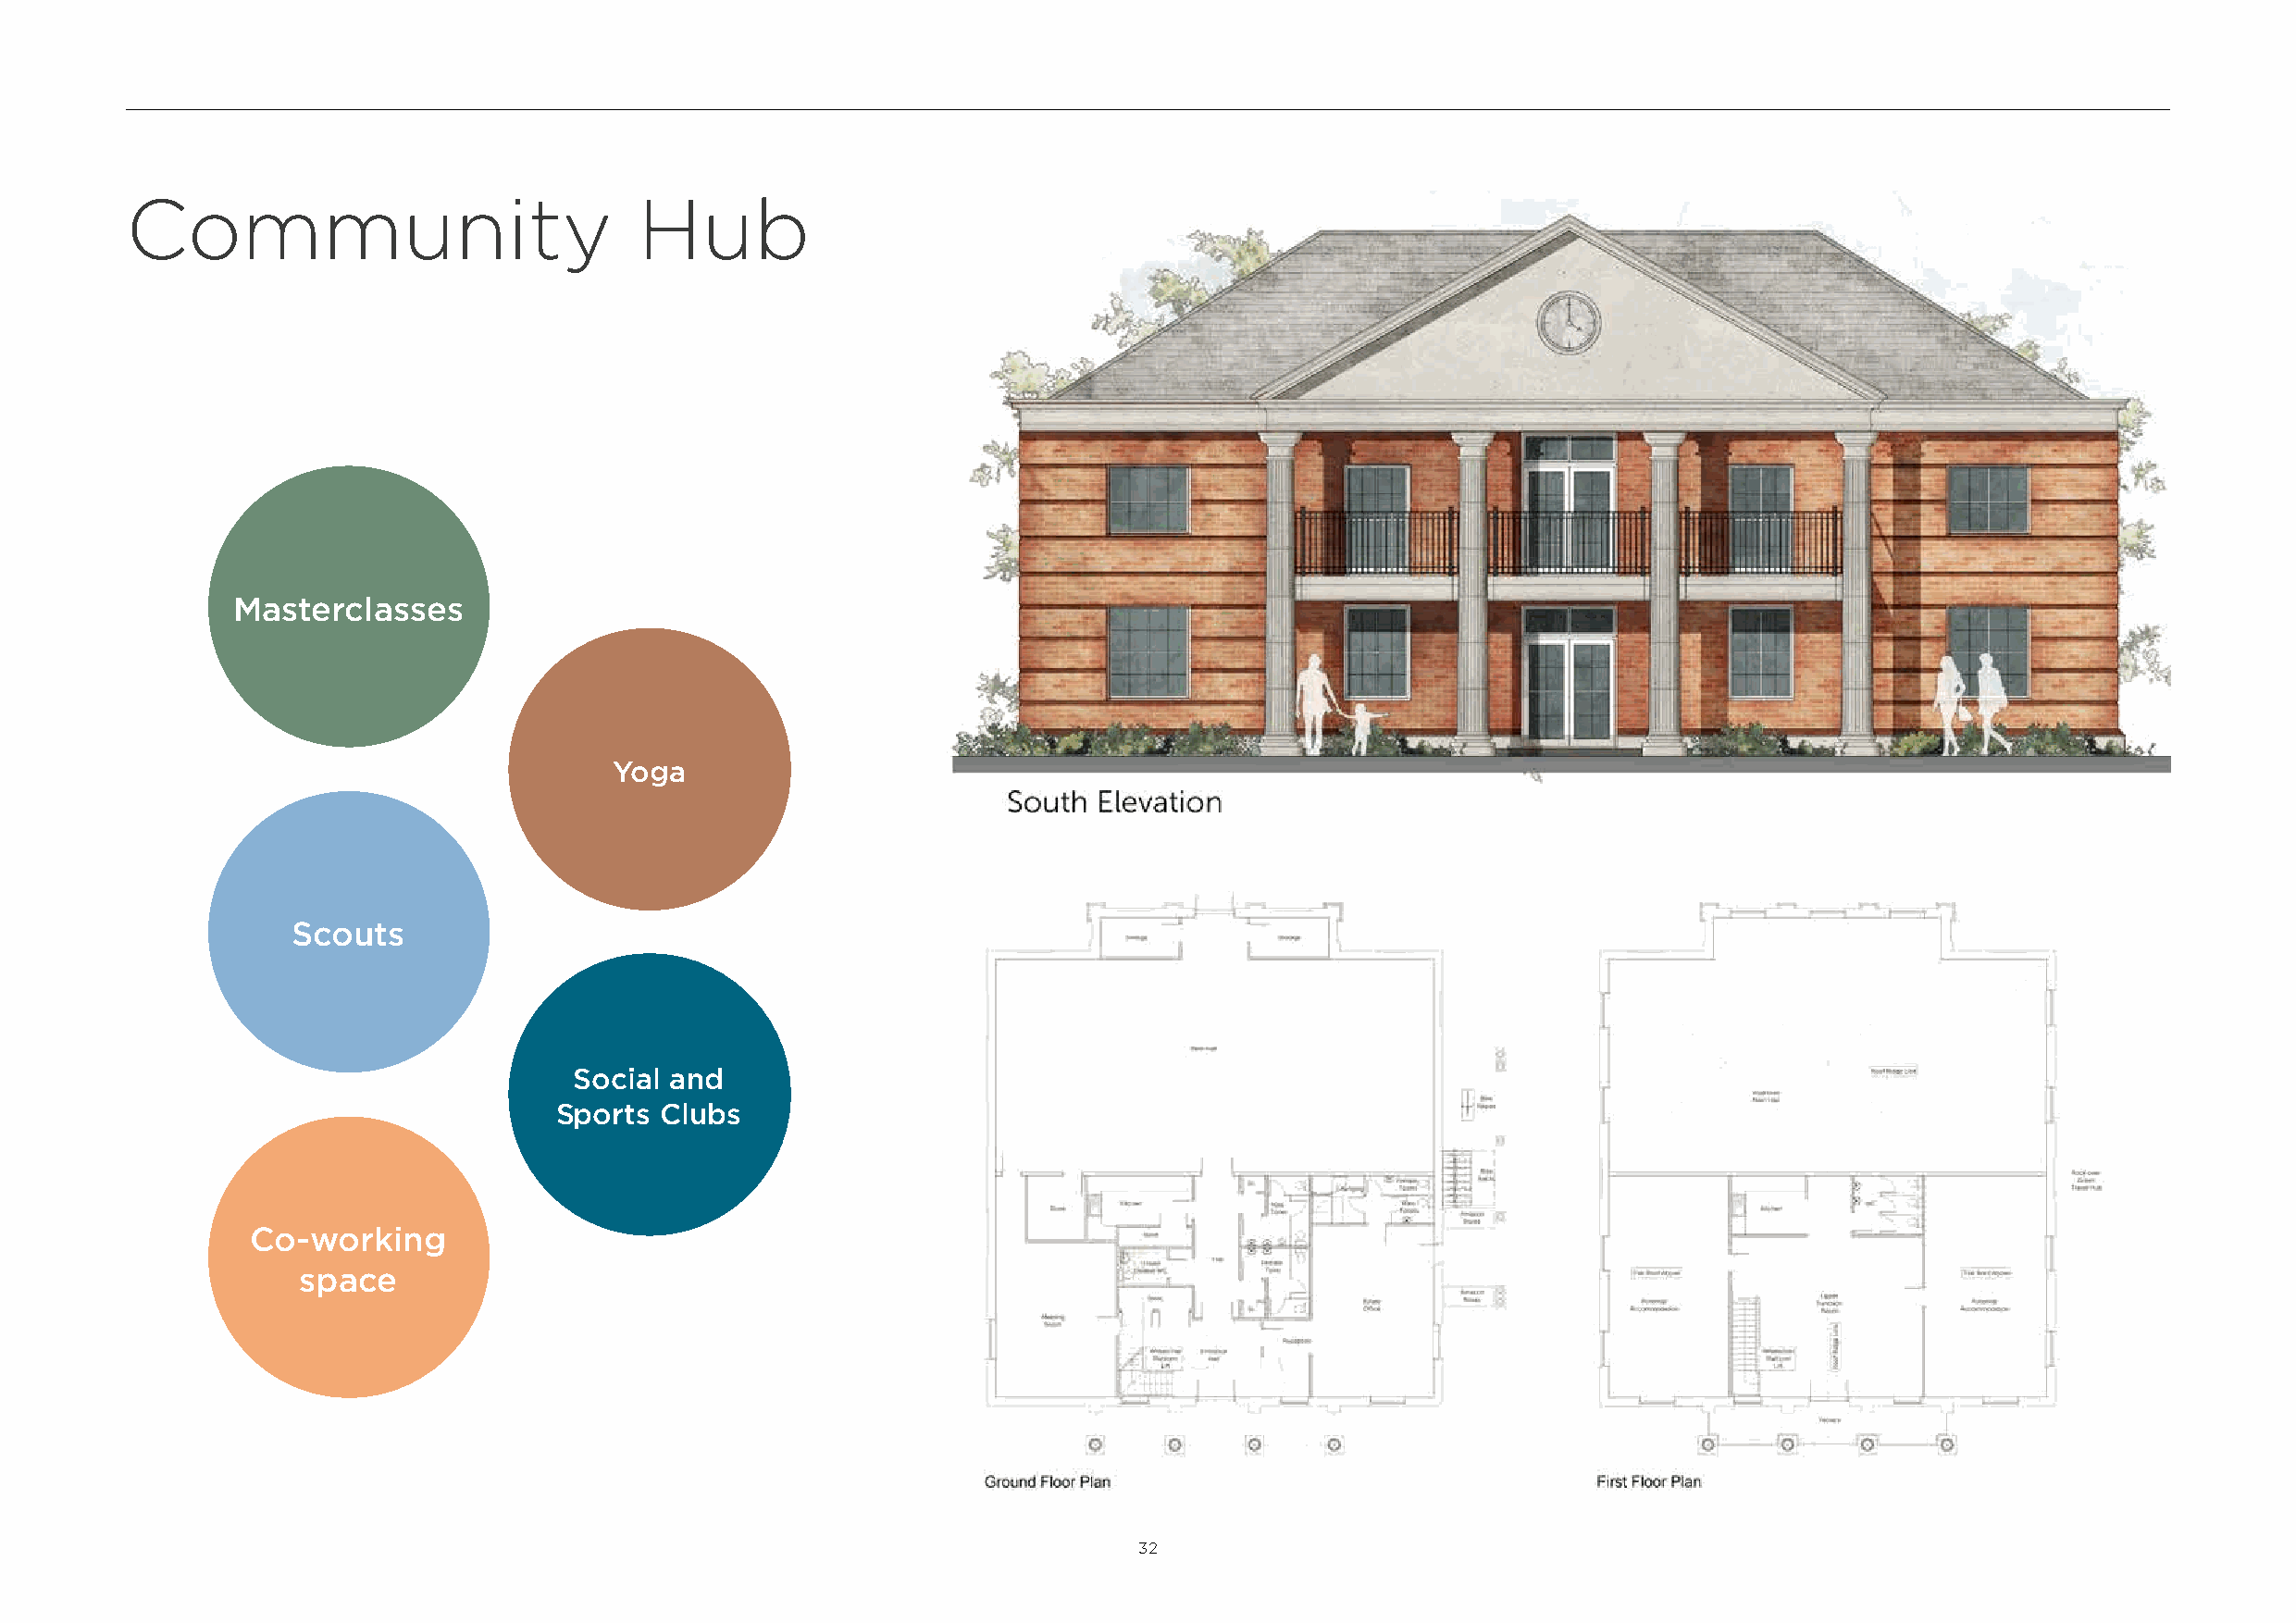
Community                            Hub
 Masterclasses
 Yoga
 Scouts
 Social and
 Sports Clubs
 Co-working
 space
 32